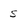
Character: S